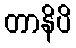
တာနိပိ